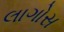
લાગોસ